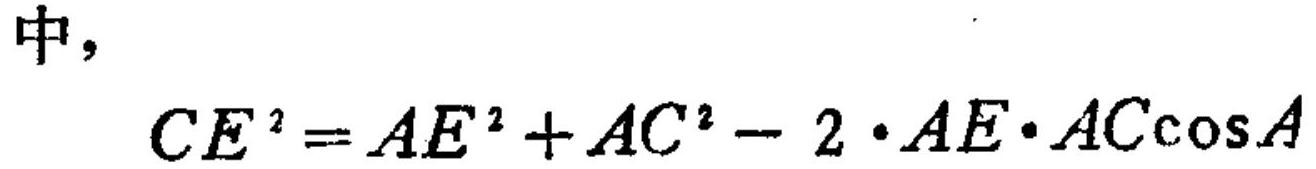
中，
\(CE^{2}=AE^{2}+AC^{2}-2\cdot AE\cdot AC\cos A\)